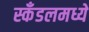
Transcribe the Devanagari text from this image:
स्कँडलमध्ये